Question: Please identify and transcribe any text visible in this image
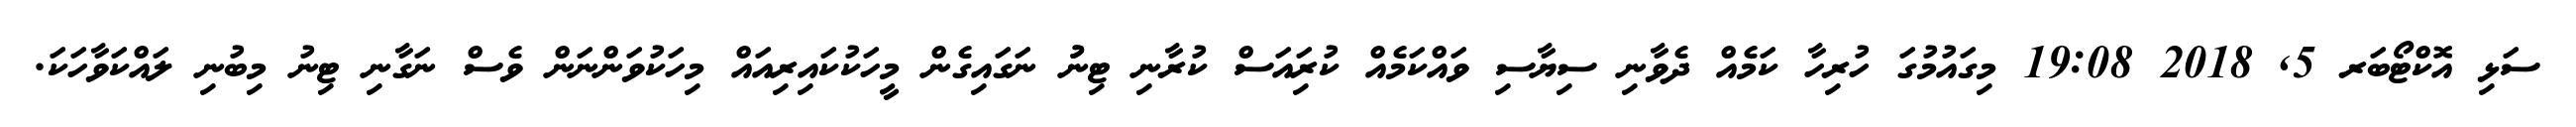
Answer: ސަޅި އޮކްޓޯބަރ 5, 2018 19:08 މިގައުމުގަ ހުރިހާ ކަމެއް ދެވާނި ސިޔާސި ވައްކަމެއް ކުރިައަސް ކުރާނި ޓިނުު ނަގައިގެން މީހަކުކައިރިއައް މިހަކުވަންނަން ވެސް ނަގާނި ޓިނު މިބުނި ލައްކަވާހަކަ.